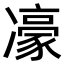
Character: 𪞯